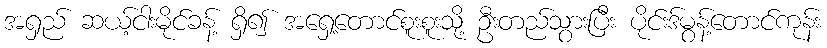
အရှည် ဆယ့်ငါးမိုင်ခန့် ရှိ၍ အရှေ့တောင်စူးစူးသို့ ဦးတည်သွားပြီး ပိုင်းဒ်မွန့်တောင်ကုန်း